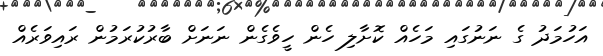
އަހުމަދު ގެ ނަނުގައި މަހެއް ކޮށާލި ހެން ހީވެގެން ނަނަށް ބާރުކުރަމުން ރައިވަރެއް